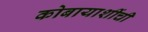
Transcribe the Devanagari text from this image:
कोबायाशींची